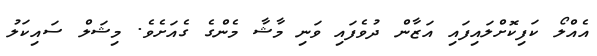
އެއްލޯ ކަފިކޮށްލައިފައި އަޒާން ދުވެފައި ވަނި މާޝާ މެންގެ ގެއަށެވެ. މިޝަލް ސައިކަލު